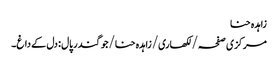
زاہدہ حنا
مرکزی صفحہ/ لکھاری/ زاہدہ حنا/جوگندر پال : دل کے داغ۔